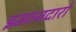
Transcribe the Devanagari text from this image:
इमानदारो